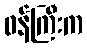
ဝန်ကြီးက